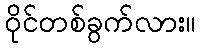
ဝိုင်တစ်ခွက်လား။